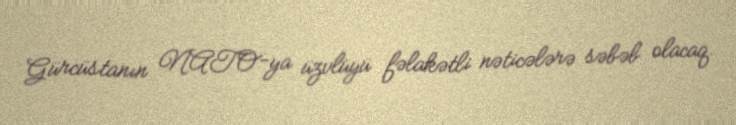
Gürcüstanın NATO-ya üzvlüyü fəlakətli nəticələrə səbəb olacaq.